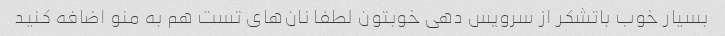
بسیار خوب باتشکر از سرویس دهی خوبتون لطفا نان‌های تست هم به منو اضافه کنید